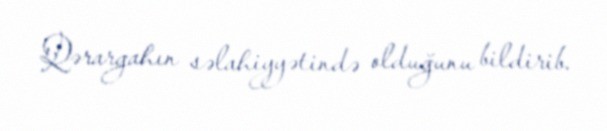
Qərargahın səlahiyyətində olduğunu bildirib.